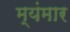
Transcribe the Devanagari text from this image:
म्यंमार